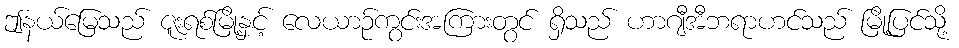
ဤနယ်မြေသည် ဇူးရစ်မြို့နှင့် လေယာဉ်ကွင်းအကြားတွင် ရှိသည် ဟာဂျီအီဘရာဟင်သည် မြို့ပြင်သို့